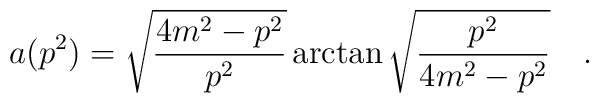
a(p^{2}) = \sqrt{\frac{4m^{2}-p^{2}}{p^{2}}} \arctan \sqrt{\frac{p^{2}}{4m^{2}-p^{2}}} \quad .